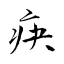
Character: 疦